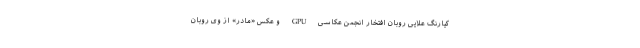
کیارنگ علایی روبان افتخار انجمن عکاسی GPU و عکس «مادر» از وی روبان